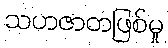
သဟဇာတဖြစ်မှု